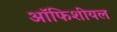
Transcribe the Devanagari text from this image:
ऑफिशीयल